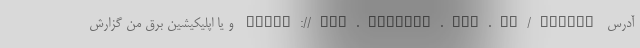
آدرس https://www.tavanir.org.ir/samaat و یا اپلیکیشین برق من گزارش